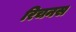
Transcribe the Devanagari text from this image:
रिचनस